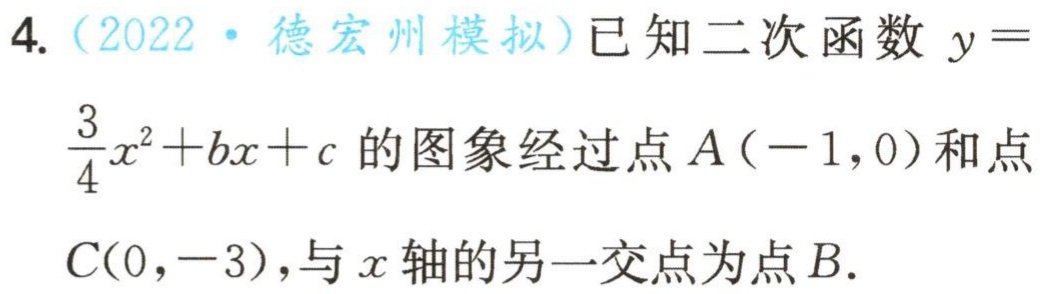
4.（2022·德宏州模拟）已知二次函数\(y = \frac{3}{4}x^{2}+bx + c\)的图象经过点\(A(-1,0)\)和点\(C(0,-3)\)，与\(x\)轴的另一交点为点\(B\).